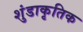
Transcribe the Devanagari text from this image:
शुंडाकृतिक